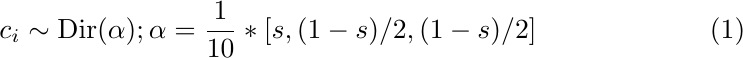
\begin{align}
    c_i \sim \text{Dir}(\alpha); \alpha = \frac{1}{10}*[s,(1-s)/2,(1-s)/2]
\end{align}